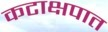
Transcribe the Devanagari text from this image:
कटाक्षपात